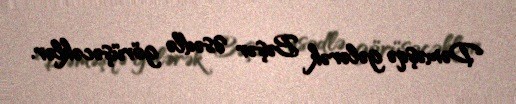
Dəməşqə gələrək Bəşər Əsədlə görüşəcəklər.